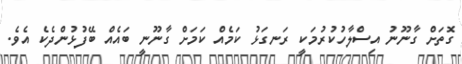
ގޮތަށް ގާނޫނު އިސްލާހުކުރުމަކީ ރަނގަޅު ކަމެއް ކަމަށް ގާނޫނީ ބައެއް ބޭފުޅުންދެކެ އެވެ.